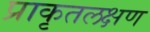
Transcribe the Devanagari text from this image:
प्राकृतलक्षण